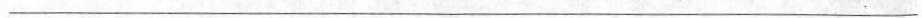
___